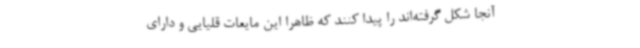
آنجا شکل گرفته‌اند را پیدا کنند که ظاهرا این مایعات قلیایی و دارای